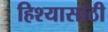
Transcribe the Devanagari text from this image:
हिश्यासाठी